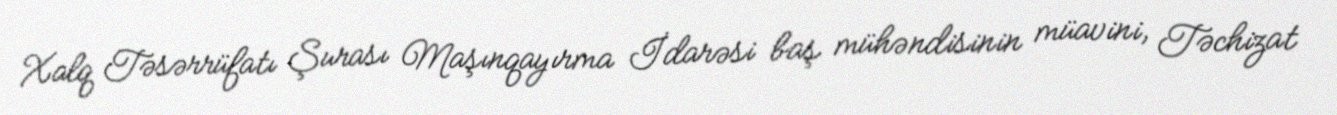
Xalq Təsərrüfatı Şurası Maşınqayırma İdarəsi baş mühəndisinin müavini, Təchizat